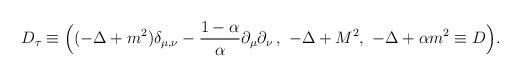
LaTeX: \begin{align*}D_{\tau} \equiv \Bigl( (- \Delta +m^2 ) \delta_{\mu , \nu} - \frac{1-\alpha }{\alpha } \partial _{\mu} \partial _{\nu}\, ,\,\, - \Delta + M^2 ,\,\, -\Delta + \alpha m^2 \equiv D \Bigr) .\end{align*}